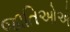
જાતિઓએ